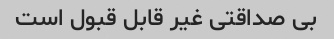
بی صداقتی غیر قابل قبول است